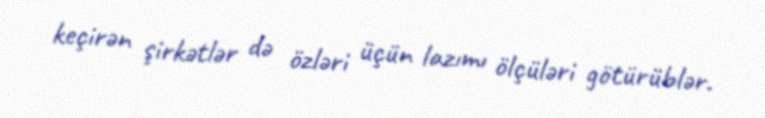
keçirən şirkətlər də özləri üçün lazımı ölçüləri götürüblər.